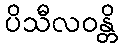
ပိသီလဝန္တိ